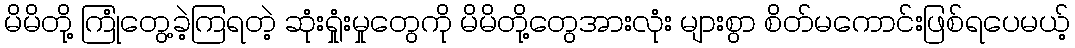
မိမိတို့ ကြုံတွေ့ခဲ့ကြရတဲ့ ဆုံးရှုံးမှုတွေကို မိမိတို့တွေအားလုံး များစွာ စိတ်မကောင်းဖြစ်ရပေမယ့်